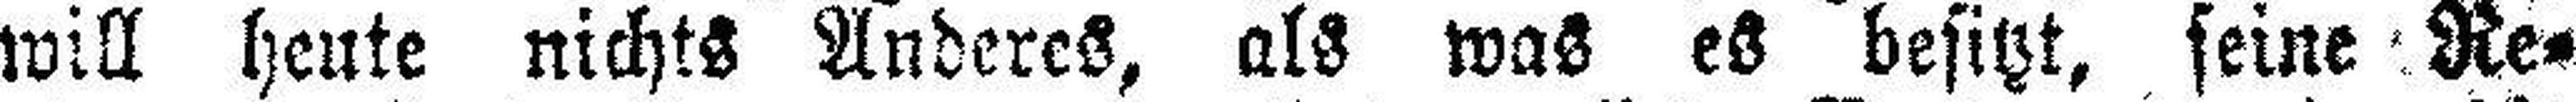
will heute nichts Anderes, als was es besitzt, seine Re¬